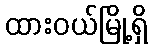
ထားဝယ်မြို့ရှိ